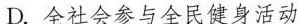
D.全社会参与全民健身活动